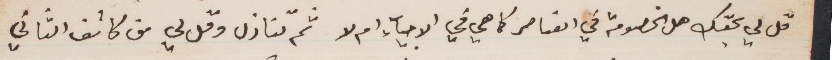
قل لي بحقك هل الخصومة في العناصر كما هي في الاحياء ام لا ثم تنازل وقل لي متى كانت الثاني